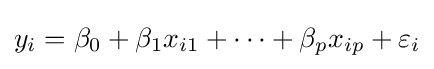
y_{i}=\beta _{0}+\beta _{1}x_{i1}+\cdots +\beta _{p}x_{ip}+\varepsilon _{i}